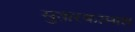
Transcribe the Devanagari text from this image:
सुतारकामात